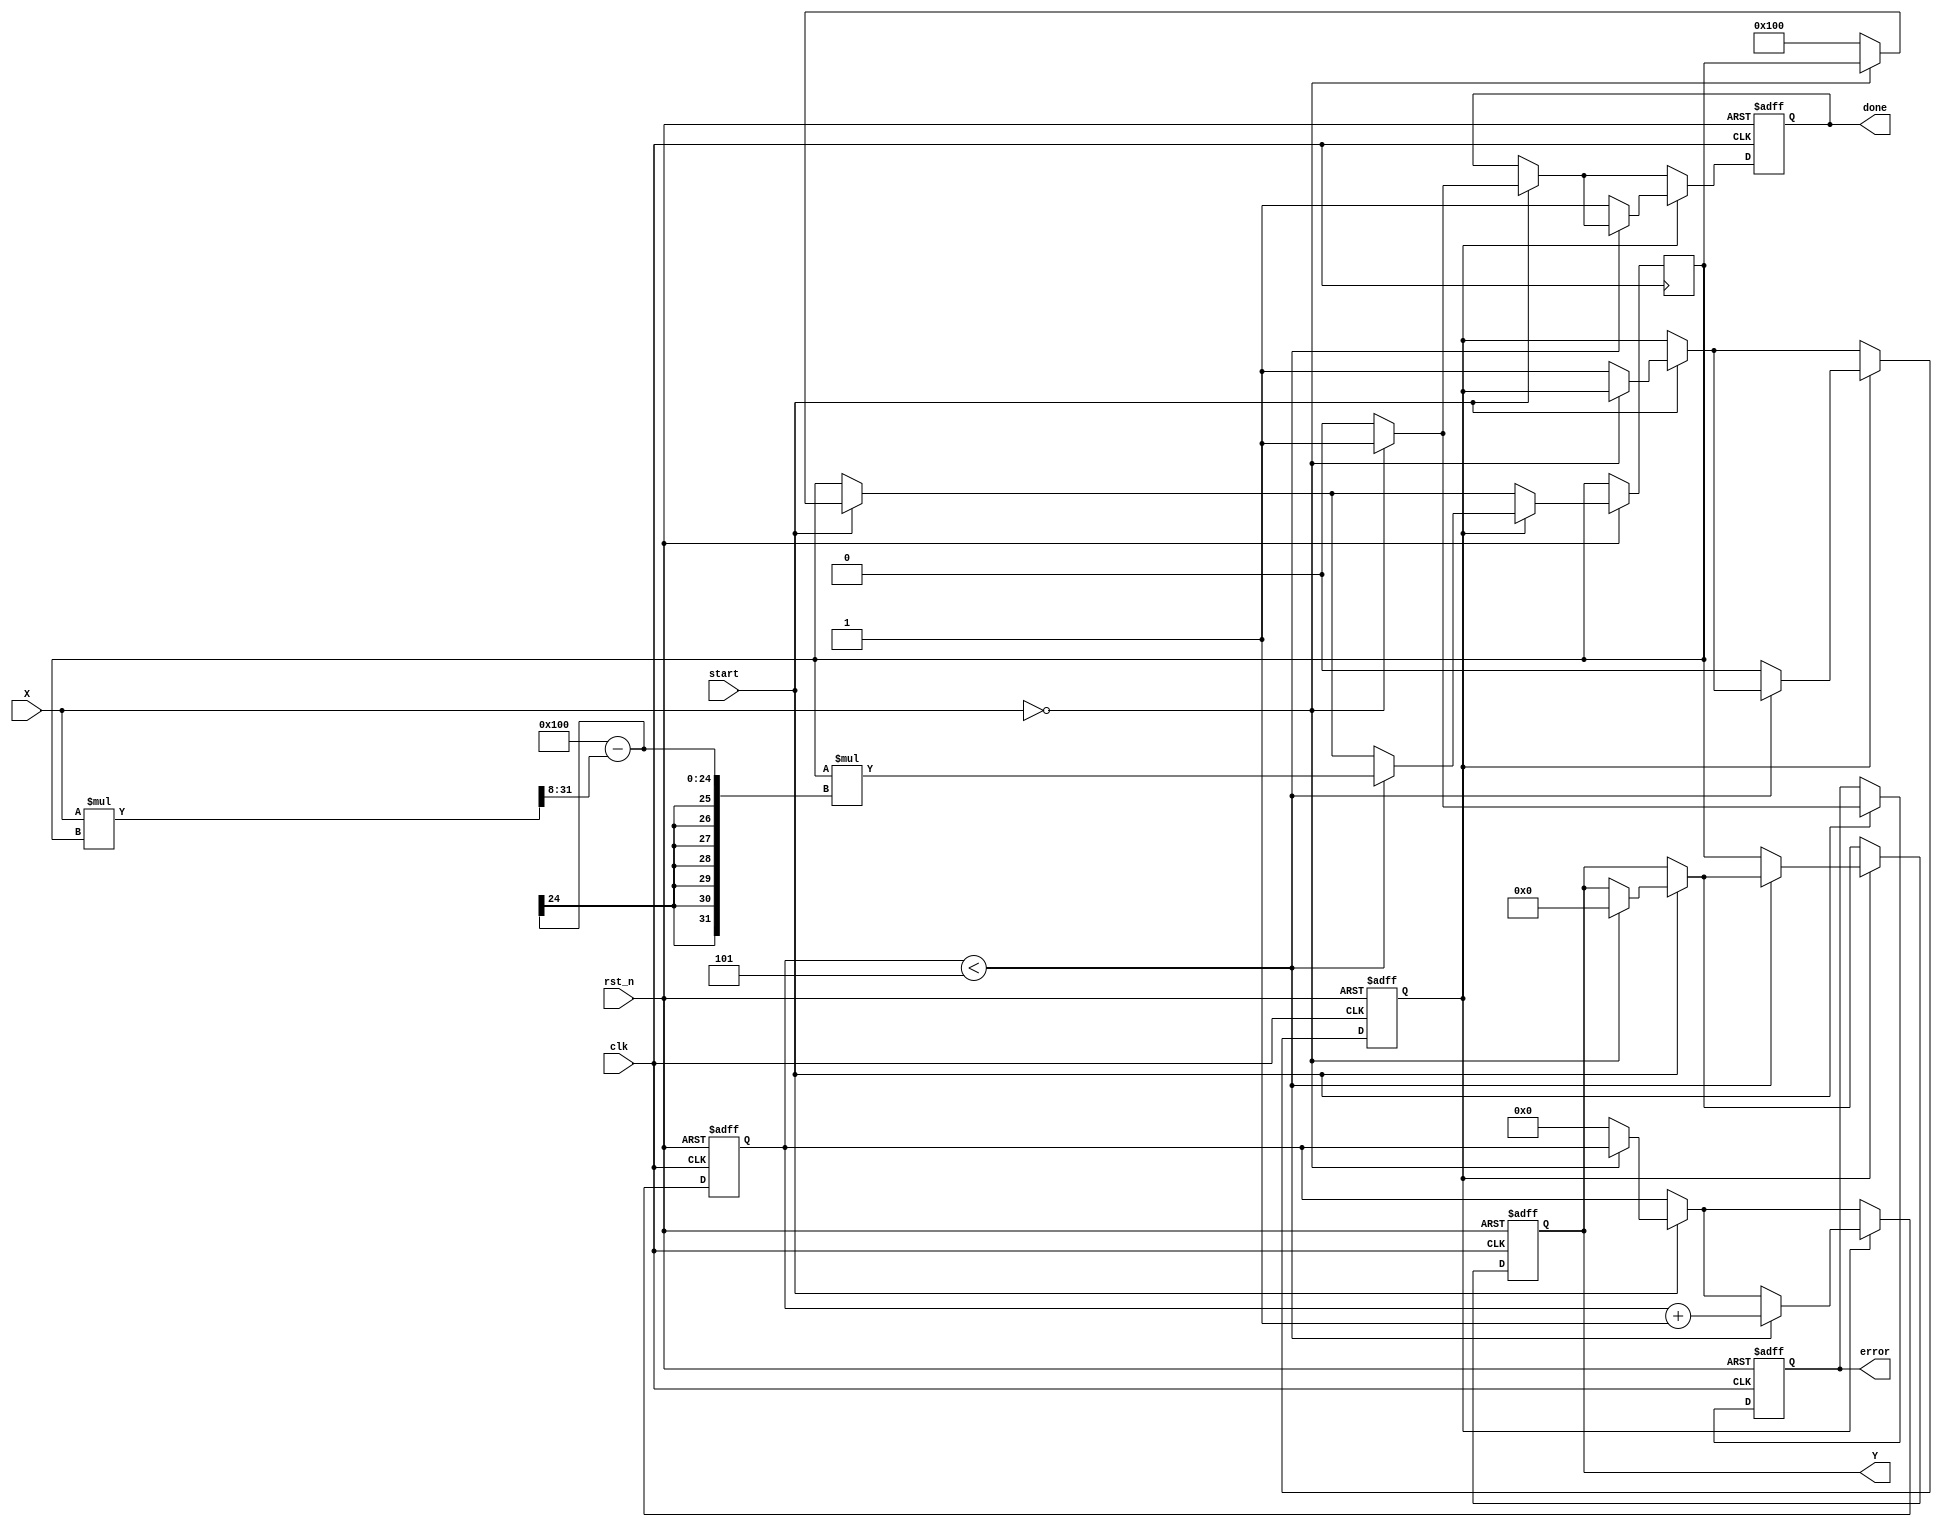
module fixed_point_reciprocal #(
    parameter N = 16,           // Bit-width of input (fixed-point)
    parameter M = 16,           // Bit-width of output (fixed-point)
    parameter FRACTIONAL_BITS = 8, // Number of fractional bits
    parameter MAX_ITERATIONS = 5  // Maximum iterations for convergence
)(
    input wire clk,
    input wire rst_n,
    input wire [N-1:0] X,
    input wire start,
    output reg [M-1:0] Y,
    output reg done,
    output reg error
);

    reg [M-1:0] estimate;
    reg [3:0] iteration_count;
    reg start_calculation;

    // Initial guess for reciprocal
    localparam INITIAL_GUESS = (1 << (M - FRACTIONAL_BITS)); // 1.0 in fixed-point

    // Input validation and control logic
    always @(posedge clk or negedge rst_n) begin
        if (!rst_n) begin
            Y <= 0;
            done <= 0;
            error <= 0;
            iteration_count <= 0;
            start_calculation <= 0;
        end else begin
            if (start) begin
                // Check for zero input
                if (X == 0) begin
                    error <= 1;
                    done <= 1;
                    Y <= 0; // Return predefined value or handle error
                end else begin
                    error <= 0;
                    estimate <= INITIAL_GUESS; // Start with initial guess
                    iteration_count <= 0;
                    start_calculation <= 1;
                    done <= 0;
                end
            end
            
            // Iterative calculation
            if (start_calculation) begin
                if (iteration_count < MAX_ITERATIONS) begin
                    // Newton-Raphson iteration: estimate = estimate * (2 - X * estimate)
                    estimate <= estimate * ((1 << FRACTIONAL_BITS) - (X * estimate >> FRACTIONAL_BITS)); // Fixed-point multiplication
                    iteration_count <= iteration_count + 1;
                end else begin
                    Y <= estimate; // Final output
                    done <= 1;
                    start_calculation <= 0;
                end
            end
        end
    end

endmodule